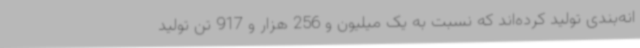
انه‌بندی تولید کرده‌اند که نسبت به یک میلیون و 256 هزار و 917 تن تولید